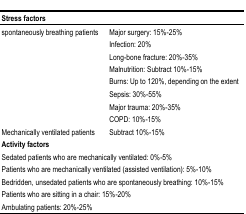
<table><thead><tr><td colspan="2"><b>Stress factors</b></td></tr></thead><tbody><tr><td rowspan="8">spontaneously breathing patients</td><td>Major surgery: 15%–25%</td></tr><tr><td>Infection: 20%</td></tr><tr><td>Long-bone fracture: 20%–35%</td></tr><tr><td>Malnutrition: Subtract 10%–15%</td></tr><tr><td>Burns: Up to 120%, depending on the extent</td></tr><tr><td>Sepsis: 30%–55%</td></tr><tr><td>Major trauma: 20%–35%</td></tr><tr><td>COPD: 10%–15%</td></tr><tr><td>Mechanically ventilated patients</td><td>Subtract 10%–15%</td></tr><tr><td colspan="2"><b>Activity factors</b></td></tr><tr><td colspan="2">Sedated patients who are mechanically ventilated: 0%–5%</td></tr><tr><td colspan="2">Patients who are mechanically ventilated (assisted ventilation): 5%–10%</td></tr><tr><td colspan="2">Bedridden, unsedated patients who are spontaneously breathing: 10%–15%</td></tr><tr><td colspan="2">Patients who are sitting in a chair: 15%–20%</td></tr><tr><td colspan="2">Ambulating patients: 20%–25%</td></tr></tbody></table>